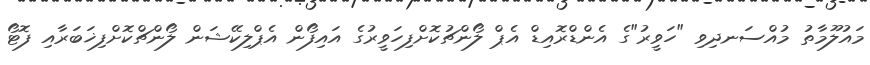
މައުލޫމާތު މުއްސަނދިވި "ހަވީރު"ގެ އެންޑްރޮއިޑް އެޕް ލޯންޗުކޮށްފިހަވީރުގެ އައިފޯން އެޕްލިކޭޝަން ލޯންޗްކޮށްފިޚަބަރާއި ފޮޓޯ